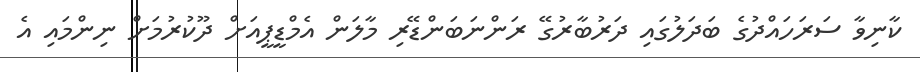
ކާނިވާ ސަރަހައްދުގެ ބަދަލުގައި ދަރުބާރުގޭ ރަންނަބަންޑޭރި މާލަން އެމްޑީޕީއަށް ދޫކުރުމަށް ނިންމައި އެ